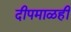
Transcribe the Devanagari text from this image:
दीपमाळही